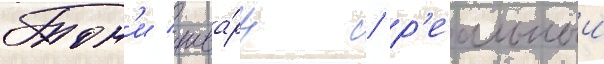
Тон'и шва́рц / р'еальныи